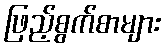
ဖြည့်စွက်စာများ